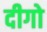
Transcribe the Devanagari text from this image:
दीगो